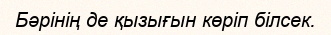
Бәрінің де қызығын көріп білсек.